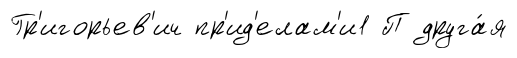
Гр'игорьев'ич пр'ид'елам'и1 П друга́я